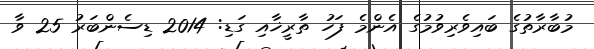
މުބާރާތުގެ ބައިވެރިވުމުގެ އެންމެ ފަހު ތާރީޚާއި ގަޑި: 2014 ޑިސެންބަރު 25 ވާ